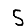
Digit: 5